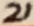
Text: 21